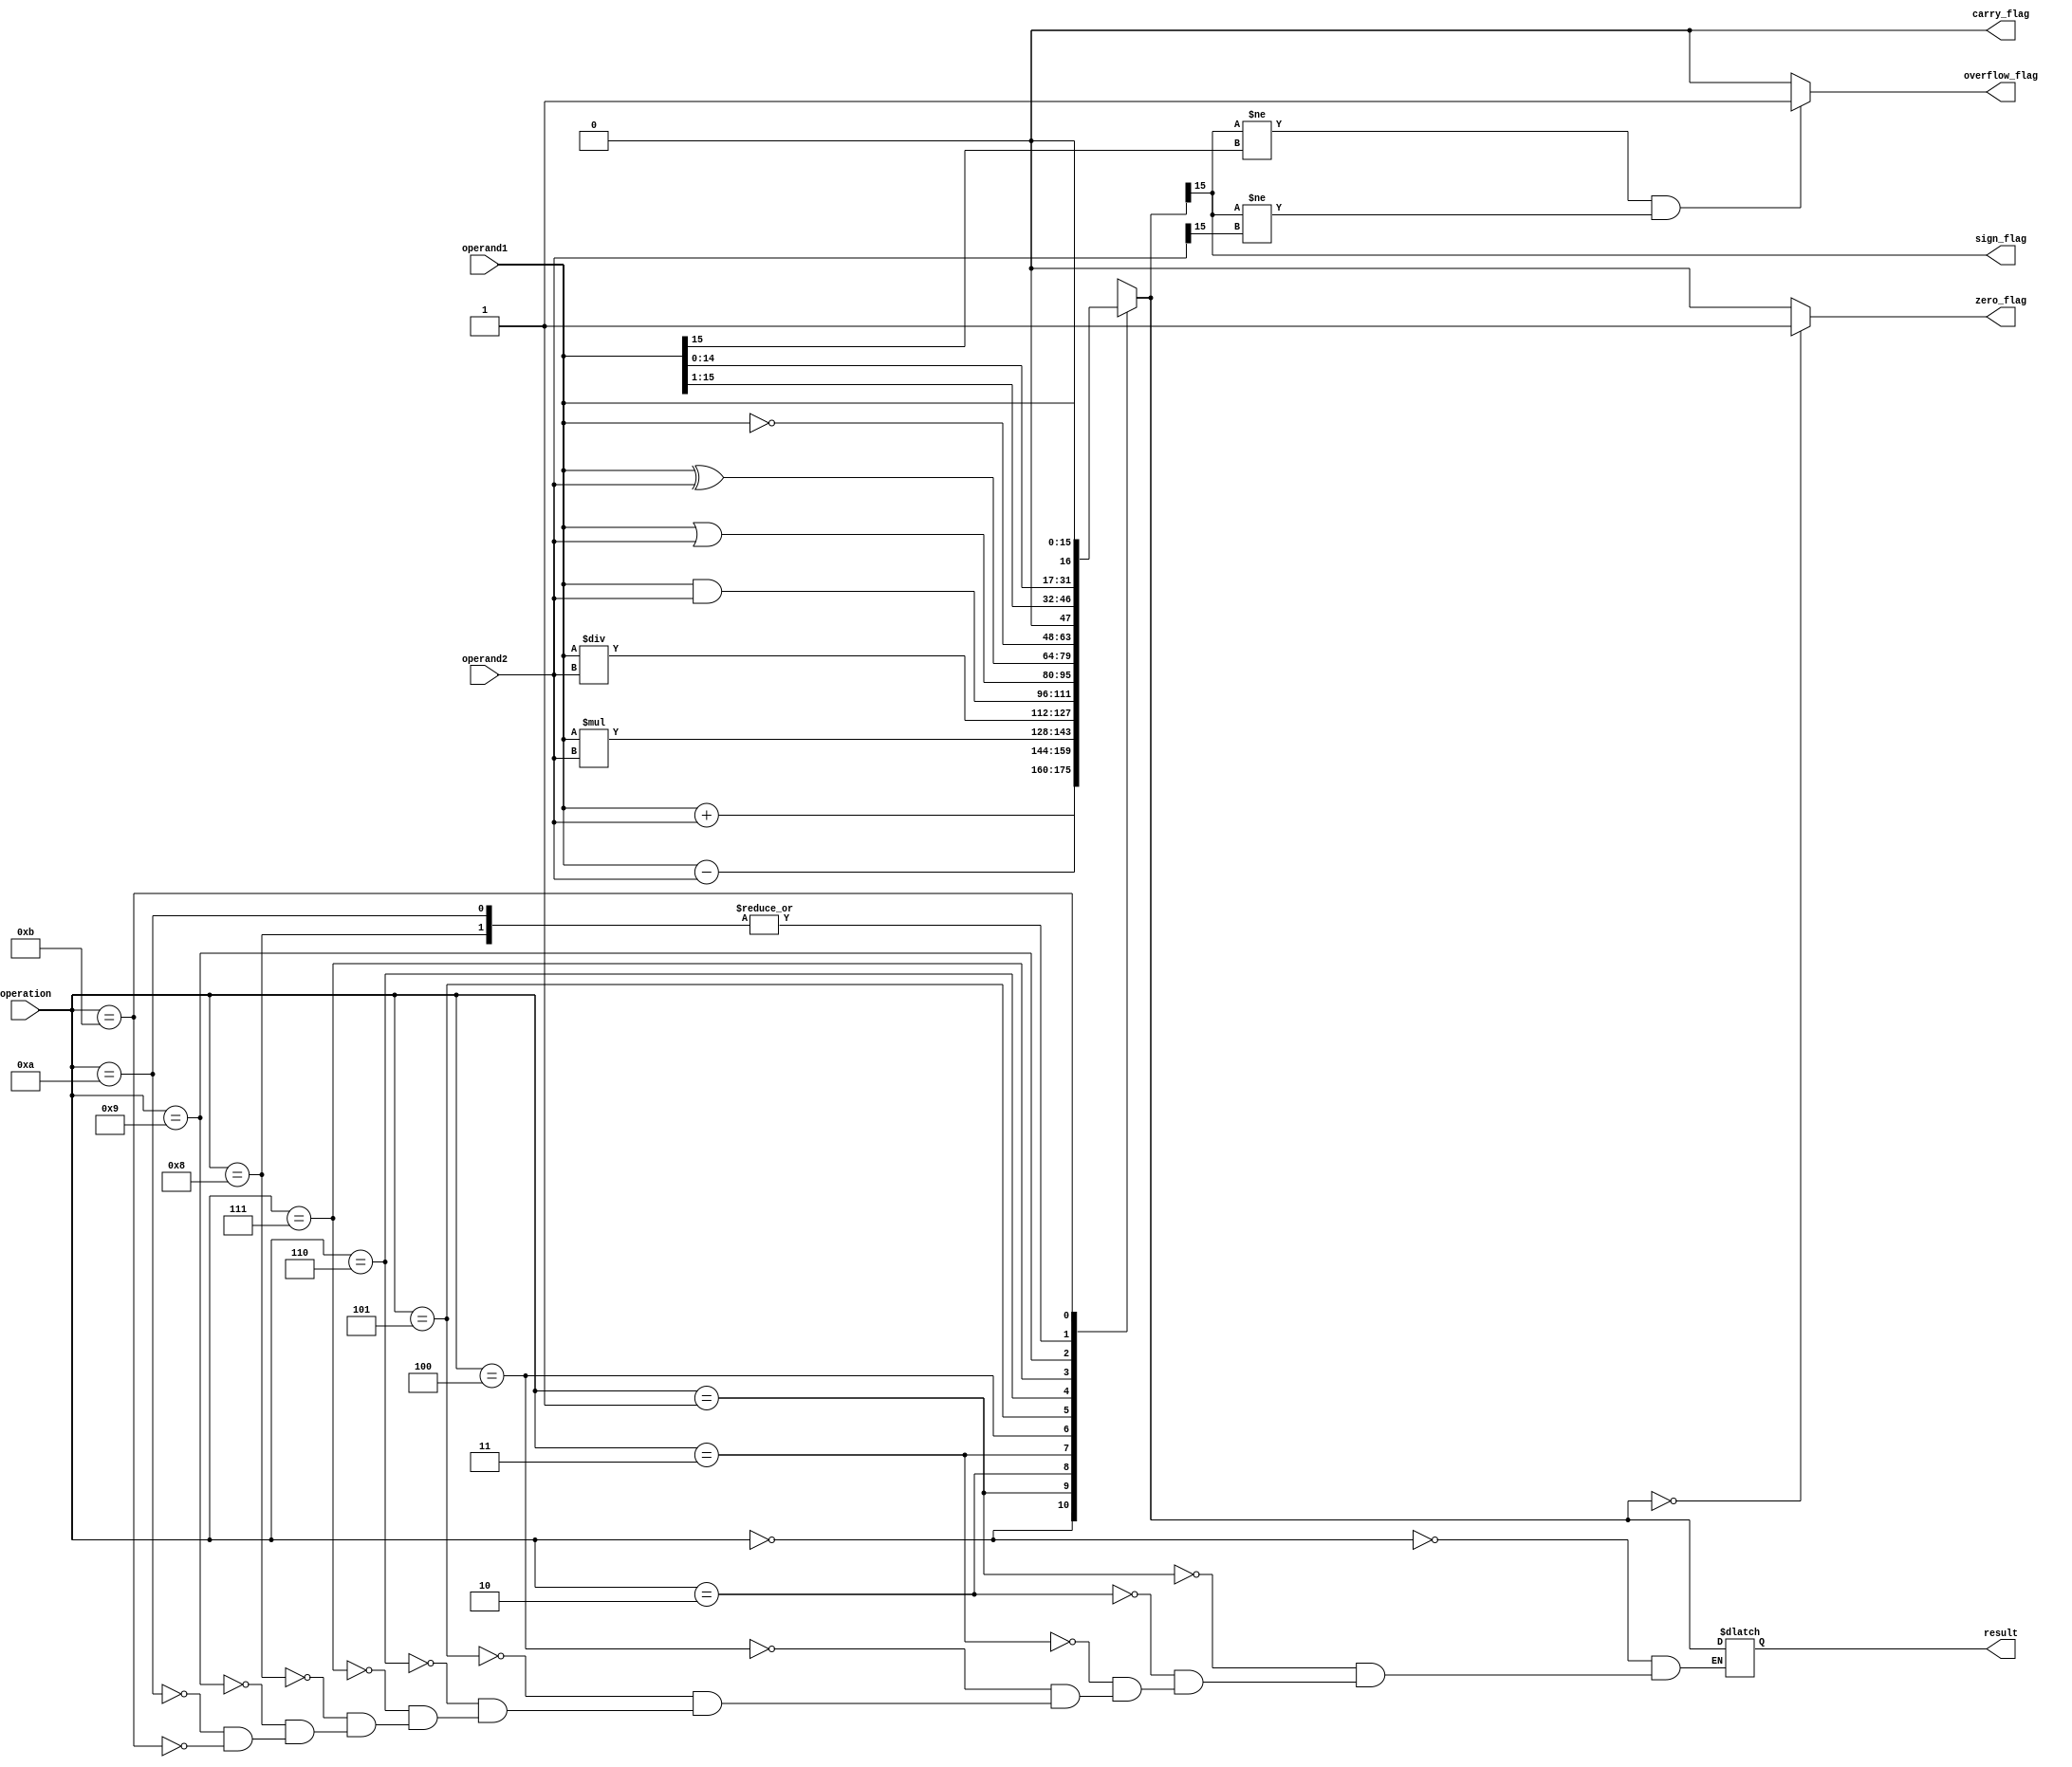
module ALU(input [15:0] operand1, input [15:0] operand2, input [3:0] operation,
           output reg [15:0] result, output reg zero_flag, output reg carry_flag,
           output reg overflow_flag, output reg sign_flag);

   always @(*)
   begin
      case(operation)
         4'h0: result = operand1 + operand2; // Addition
         4'h1: result = operand1 - operand2; // Subtraction
         4'h2: result = operand1 * operand2; // Multiplication
         4'h3: result = operand1 / operand2; // Division

         4'h4: result = operand1 & operand2; // AND
         4'h5: result = operand1 | operand2; // OR
         4'h6: result = operand1 ^ operand2; // XOR
         4'h7: result = ~operand1;            // NOT

         4'h8: result = operand1 << 1; // Left shift
         4'h9: result = operand1 >> 1; // Right shift
         4'ha: result = {operand1[14:0], 1'b0}; // Logical shift
         4'hb: result = {operand1[15], operand1[15:0]}; // Arithmetic shift
      endcase

      zero_flag = (result == 16'h0000) ? 1'b1 : 1'b0;
      carry_flag = (result[16] == 1) ? 1'b1 : 1'b0;
      overflow_flag = (result[15] != operand1[15] && result[15] != operand2[15]) ? 1'b1 : 1'b0;
      sign_flag = result[15];
   end
endmodule